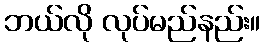
ဘယ်လို လုပ်မည်နည်း။